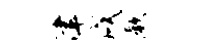
津戌厥